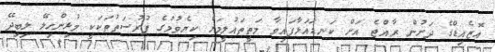
އޮޒެއިޑްގެ ދަށުން ރާއްޖެ އަށް ކަނޑައަޅާފައިވާ މަތީތައުލީމަށް ކިޔެވުމުގެ ފުރުސަތުތަކަކީ މުޅިންހިލޭ ލިބިދޭ